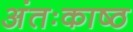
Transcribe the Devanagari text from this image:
अंतःकाष्ठ